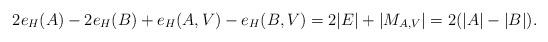
LaTeX: \begin{align*} 2e_{H}(A) - 2e_{H}(B) + e_{H}(A,V) - e_{H}(B,V)= 2|E| + |M_{A,V}| = 2(|A|-|B|).\end{align*}